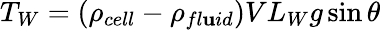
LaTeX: T_{W}=(\rho_{cell}-\rho_{fl\mathbf{u}id})VL_{W}g\sin\theta